Vital statistics of India. Vol. VI, European troops 1870-79
Year: 1870
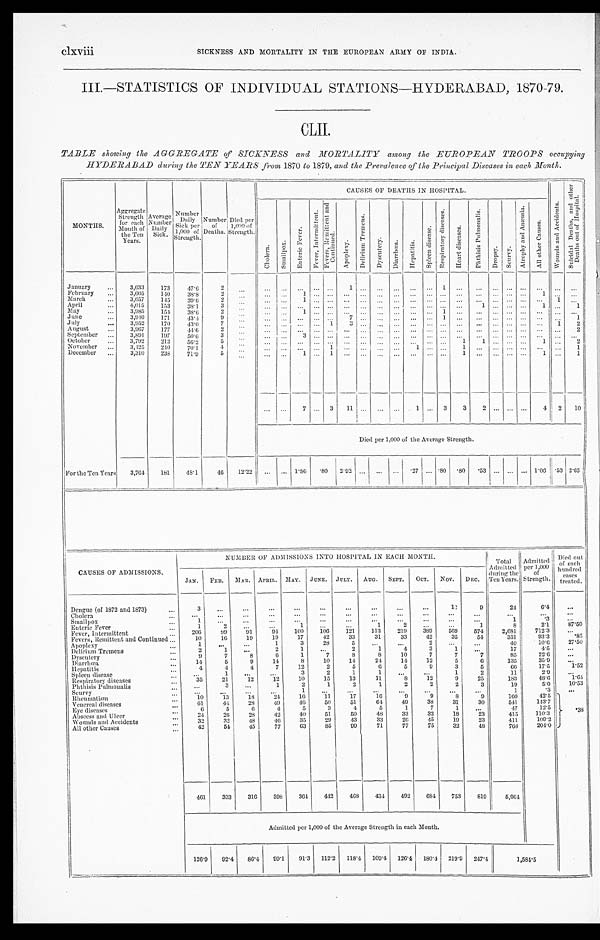
SICKNESS AND MORTALITY IN THE EUROPEAN ARMY OF INDIA.
III.—STATISTICS OF INDIVIDUAL STATIONS—HYDERABAD, 1870-79.
CLII.
TABLE showing the AGGREGATE of SICKNESS and MORTALITY among the EUROPEAN TROOPS occupying
HYDERABAD during the TEN YEARS from 1870 to 1879, and the Prevalence of the Principal Diseases in each Month.
MONTHS.
Aggregate
Strength for each
Month of
the Ten
Years.
Average
.Number
Daily Sick.
Number Daily S i c k per
1,000 of
Strength
Number of
Deaths.
Died per
1,000 of
'Strength.
CAUSES OF DEATHS I N HOSPI TAL.
W o u n d s a n d A c c i d e n t s .
S u i c i d a l D e a t h s , a n d o t h e r D e a t h s o u t o f H o s p i t a l .
C h o l e r a .
S m a l l p o x .
E n t e r i c F e v e r .
F e v e r , I n t e r m i t t e n t
F e v e r s , R e m i t t e n t a n d
C o n t i n u e d .
A p o p l e x y .
D e l i r i u m T r e m e n s .
D y s e n t e r y . D i a r r h œ a .
H e p a t i t i s .
S p l e e n d i s e a s e .
R e s p i r a t o r y d i s e a s e s .
H e a r t d i s e a s e s .
P h t h i s i s P u l m o n a l i s .
D r o p s y . S c u r v y .
A t r o p h y a n d A n æ m i a .
A l l o t h e r C a u s e s .
January
3,633 173
47.6
2
1
1
February
3,605 140
38.8
2
1
1
March
3,657
1 4 5 39.6
2
1
1
April
4,015 153
3 8 . 1
3
1
1
1
May
3,985 154 38.6
2
1
1
June
3 , 9 1 0 171
43.4
9
7
1
1
July
3 , 9 5 2 170 43.0
7
1 3
1 2
August
3,017 177
4 4 . 6
2
2
September
3,891 197
50.6
3
3
October
3,792 213 56.2
5
1 1
1
2
November
3,425 210
70.1
4
1
1
1
1
December
3,310 238 71.9
5
1
1
1
1
1
7
3 1 1
1
3
3 2
4 2 10
Died per 1,000 of the Average Strength.
For the Ten Years
3 , 7 6 4
181 48.1
46 12.22
1.86 . 8 0 2.92
. 2 7 .80
. 8 0
. 5 3
1.06 .53 2.65
CAUSES OF ADMISSIONS.
NUMBER OF ADMISSIONS INTO HOSPITAL IN EACH :MONTH. Total Admitted duri ng the
Ten Years. Admitted per 1,000
of
Strength.
Died out
of each
hundred cases treated.
JAN. FEB.
M A R .
A P R I L
MAY JUNEJULY. AUG. SEPT. OCT. NOV. DEC.
Dengue (of 1572 and 1873)
3
12
9
24
6 . 4
Cholera Smallpox
1
1
.3
Enteric Fever
1
2
1
1
2
1
8
2 . 1 87.50
F e v e r , I n t e r m i t t e n t
206
9 9 91
94 100 106
121 113 219 389
5 6 9 574
2,681
712. 3
Fevers, Remittent and Continued
10
16
19
19
1 7
4 2
3 3
3 1
3 3 4 2
35
5 4
3 5 1
9 3 . 3
.85
Apoplexy
1
1
3 28
5
2
40
1 0 . 6 27.50
Delirious Tremens
2
1
2
1
2
1
4
3
1
17
4 . 5
Dysentery
9
7
8
6
1
7
8
8
1 0
7
7
7
8 5
2 2 . 6
Diarrhœa
14
5
9
14
8
10
14
24
1 4
12
5
6
135
3 5 . 9
Hepatitis
4
4
4
7
12
2
5
6
5
9
3 5
66
1 7 . 5
Spleen disease
1
3
2
1
1
1 2
1 1
2 . 9
Respiratory diseases
35
21
12
12
1 0
1 5
1 3
1 1
8
1 2
9
2 5
1 8 3
4 8 . 6
1 . 6 4
Phthisis Pulmonalis
3
1
2
1
2
1
2
2
2
3
19
5.0
1 0 . 5 3
Scurvy
1
1
.3
Rheumatism
10
13
18
24
16
1 1
17
16
9
9
8
9
160
4 2 . 5
. 3 8
Venereal diseases
61
44 28
49
46
50
51
64
49
3 8 31
30
541
1 4 3 . 7
Eye diseases
6
5
6
4
5
3
4
5
1
7
1
47
12.5
Abscess and Ulcer
24
26
28
42
40
51
50
48
33
32
18
23
415
110.3
Wounds and Accidents
32
32
48
40
35
29
43
33
26
45
19
23
411
109.2
A l l o t h e r C a u s e s
42
54 45
77
63
85
9 9
71
77
75
32
48
768
204.0
461 333 316 398 364 442 468 434 492 684 753 819
5,964
Admitted per 1,000 of the Average Strength in each Month.
126.9
9 2 . 4 86.4 99.1 91.3 112.2 118.4 1 0 9 . 4
126.4 180.4 219.9 247.4
1 , 5 8 4 . 5